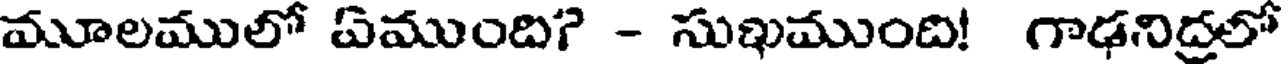
మూలములో ఏముంది? - సుఖముంది! గాఢనిద్రలో